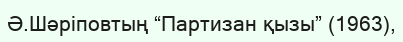
Ә.Шәріповтың “Партизан қызы” (1963),